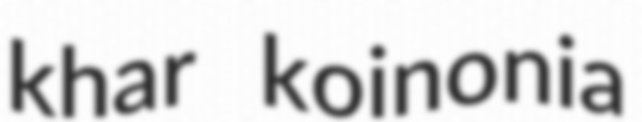
khar koinonia